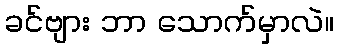
ခင်ဗျား ဘာ သောက်မှာလဲ။